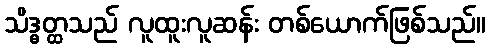
သိဒ္ဓတ္ထသည် လူထူးလူဆန်း တစ်ယောက်ဖြစ်သည်။